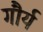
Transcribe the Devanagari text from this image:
गौर्य